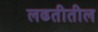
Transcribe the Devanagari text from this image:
लढतीतील